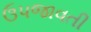
ઉપજાવતી